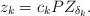
\begin{align*}z_k=c_k PZ_{\delta_k}. \end{align*}